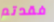
فقدتم